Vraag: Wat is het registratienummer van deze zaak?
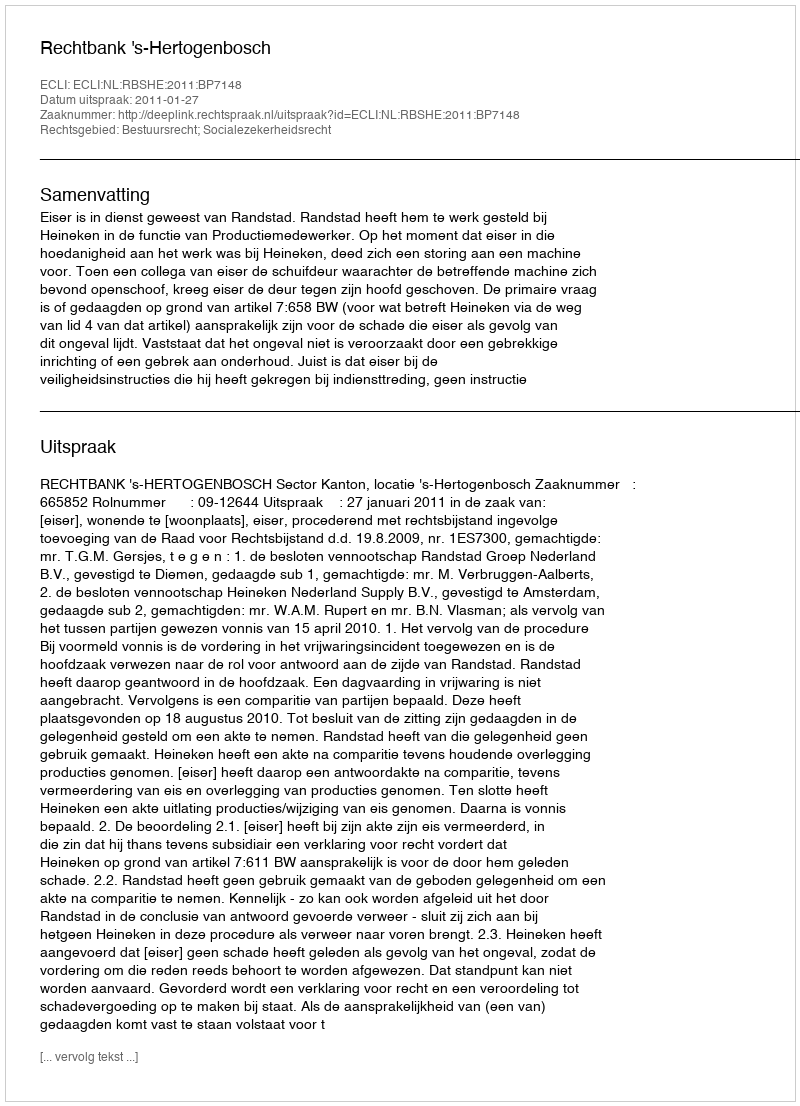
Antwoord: http://deeplink.rechtspraak.nl/uitspraak?id=ECLI:NL:RBSHE:2011:BP7148